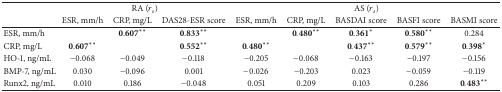
<table><thead><tr><td><b> </b></td><td colspan="3"><b>RA (<i>r</i><sub><i>s</i></sub>)</b></td><td colspan="5"><b>AS (<i>r</i><sub><i>s</i></sub>)</b></td></tr><tr><td><b> </b></td><td><b>ESR, mm/h</b></td><td><b>CRP, mg/L</b></td><td><b>DAS28-ESR score</b></td><td><b>ESR, mm/h</b></td><td><b>CRP, mg/L</b></td><td><b>BASDAI score</b></td><td><b>BASFI score</b></td><td><b>BASMI score</b></td></tr></thead><tbody><tr><td>ESR, mm/h</td><td> </td><td>0.607<sup><i>∗∗</i></sup></td><td>0.833<sup><i>∗∗</i></sup></td><td> </td><td>0.480<sup><i>∗∗</i></sup></td><td>0.361<sup><i>∗</i></sup></td><td>0.580<sup><i>∗∗</i></sup></td><td>0.284</td></tr><tr><td>CRP, mg/L</td><td>0.607<sup><i>∗∗</i></sup></td><td> </td><td>0.552<sup><i>∗∗</i></sup></td><td>0.480<sup><i>∗∗</i></sup></td><td> </td><td>0.437<sup><i>∗∗</i></sup></td><td>0.579<sup><i>∗∗</i></sup></td><td>0.398<sup><i>∗</i></sup></td></tr><tr><td>HO-1, ng/mL</td><td>−0.068</td><td>−0.049</td><td>−0.118</td><td>−0.205</td><td>−0.068</td><td>−0.163</td><td>−0.197</td><td>−0.156</td></tr><tr><td>BMP-7, ng/mL</td><td>0.030</td><td>−0.096</td><td>0.001</td><td>−0.026</td><td>−0.203</td><td>0.023</td><td>−0.059</td><td>−0.119</td></tr><tr><td>Runx2, ng/mL</td><td>0.010</td><td>0.186</td><td>−0.048</td><td>0.051</td><td>0.209</td><td>0.103</td><td>0.286</td><td>0.483<sup><i>∗∗</i></sup></td></tr></tbody></table>